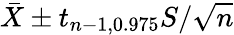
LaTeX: {\bar{X}}\pm t_{n-1,0.975}S/{\sqrt{n}}